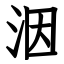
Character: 洇